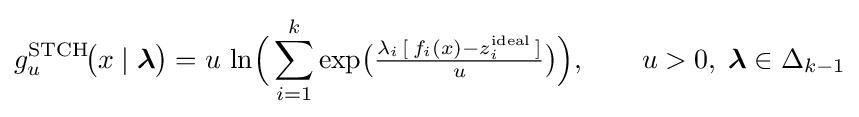
g_{u}^{\mathrm {STCH} }\!{\bigl (}x\mid {\boldsymbol {\lambda }}{\bigr )}=u\,\ln \!{\Bigl (}\sum _{i=1}^{k}\exp \!{\bigl (}{\tfrac {\lambda _{i}\,[\,f_{i}(x)-z_{i}^{\mathrm {ideal} }\,]}{u}}{\bigr )}{\Bigr )},\qquad u>0,\;{\boldsymbol {\lambda }}\in \Delta _{k-1}